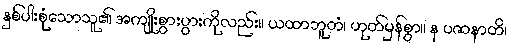
နှစ်ပါးစုံသောသူ၏ အကျိုးစွားပွားကိုလည်း။ ယထာဘူတံ၊ ဟုတ်မှန်စွာ။ န ပဇာနာတိ၊